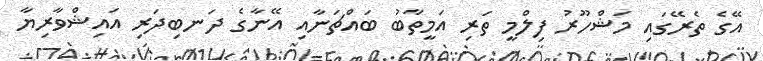
އޭގެ ތެރޭގައި މަޝްހޫރު ފިލްމީ ތަރި އަމީތާބު ބައްޗަނާއި އޭނާގެ ދަނބިދަރި އައިޝްވާރިޔާ